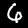
Digit: 6